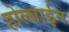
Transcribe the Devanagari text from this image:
होल्बाईन